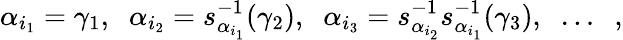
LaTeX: \alpha_{i_{1}}=\gamma_{1},\; \; \alpha_{i_{2}}=s_{\alpha_{i_{1}}}^{-1}(\gamma_{2}),\; \; \alpha_{i_{3}}=s_{\alpha_{i_{2}}}^{-1}s_{\alpha_{i_{1}}}^{-1}(\gamma_{3}),\; \; \ldots\; \; ,